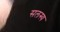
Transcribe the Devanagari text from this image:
सलस्य